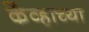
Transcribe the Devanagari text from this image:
केंव्हाच्या